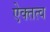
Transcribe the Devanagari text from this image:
ऐक्तत्व